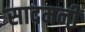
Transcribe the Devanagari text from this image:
सादमनी